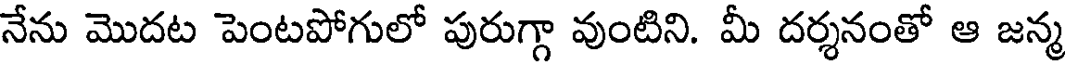
నేను మొదట పెంటపోగులో పురుగ్గా వుంటిని. మీ దర్శనంతో ఆ జన్మ